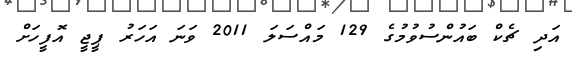
އަދި ޗެކް ބައުންސުވުމުގެ 129 މައްސަލަ 2011 ވަނަ އަހަރު ޕީޖީ އޮފީހަށް